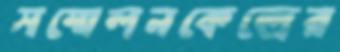
সম্মেলনকেন্দ্রের